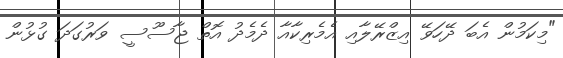
"މިކަމުން އެބަ ދޭހަވޭ އިޒްރޭލާއި އެމެރިކާއާ ދެމެދު އޮތް ޖާސޫސީ ވަރުގަދަ ގުޅުން